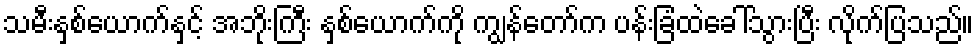
သမီးနှစ်ယောက်နှင့် အဘိုးကြီး နှစ်ယောက်ကို ကျွန်တော်က ပန်းခြံထဲခေါ်သွားပြီး လိုက်ပြသည်။